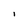
Character: i